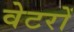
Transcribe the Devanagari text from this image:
वेटरों